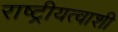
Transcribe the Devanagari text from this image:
राष्ट्रीयत्वाशी